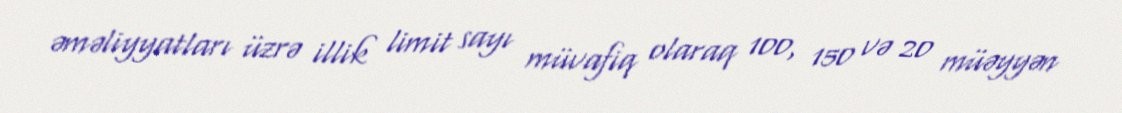
əməliyyatları üzrə illik limit sayı müvafiq olaraq 100, 150 və 20 müəyyən